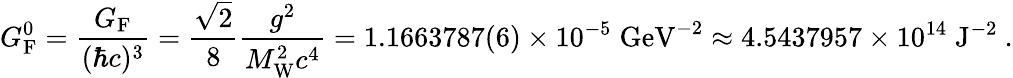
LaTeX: G_{\mathrm{{F}}}^{0}={\frac{G_{\mathrm{{F}}}}{(\hbar c)^{3}}}={\frac{\sqrt{2}}{8}}{\frac{g^{2}}{M_{\mathrm{{W}}}^{2}c^{4}}}=1.1663787(6)\times 10^{-5}\; {\textrm{GeV}}^{-2}\approx 4.5437957\times 10^{14}\; {\textrm{J}}^{-2}\ .